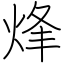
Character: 烽